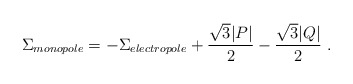
\begin{align*}\Sigma_{monopole}= - \Sigma_{electropole} + {\sqrt 3 |P|\over 2} - {\sqrt 3 |Q|\over 2} \ .\end{align*}